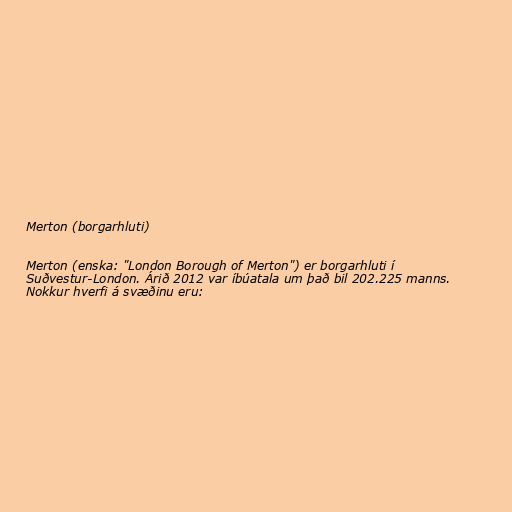
Merton (borgarhluti)

Merton (enska: "London Borough of Merton") er borgarhluti í
Suðvestur-London. Árið 2012 var íbúatala um það bil 202.225 manns.
Nokkur hverfi á svæðinu eru: